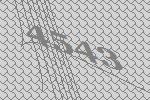
4543